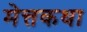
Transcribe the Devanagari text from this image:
मेत्तकथा